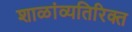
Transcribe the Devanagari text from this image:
शाळांव्यतिरिक्त